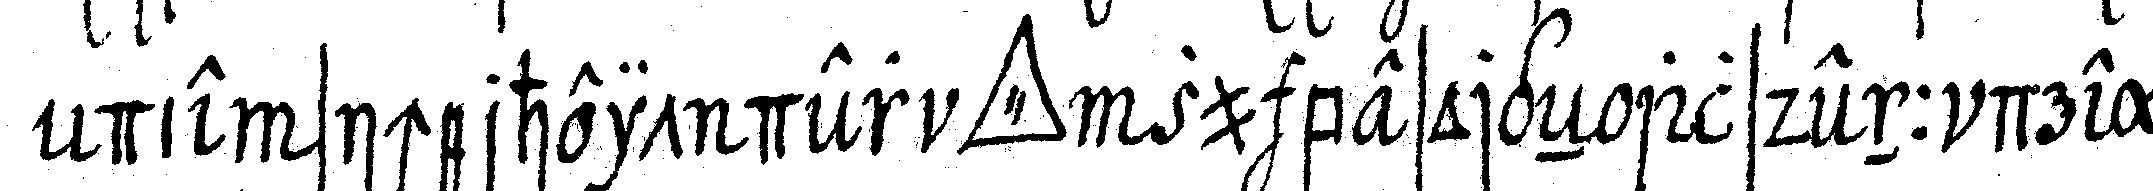
die sicherheit der *tri..* zu besorgeN alsdenn drey